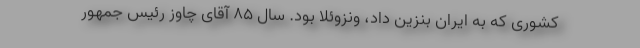
کشوری که به ایران بنزین داد، ونزوئلا بود. سال ۸۵ آقای چاوز رئیس جمهور